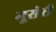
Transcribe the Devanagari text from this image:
मूसेरी